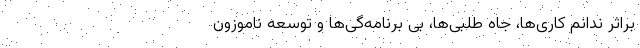
براثر ندانم کاری‌ها، جاه طلبی‌ها، بی برنامه‌گی‌ها و توسعه ناموزون